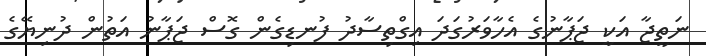
ނަތީޖާ އަކީ ޖަޕާނުގެ އެހާވަރުގަދަ އިގްތިސާދު ފުނޑިގެން ގޮސް ޖަޕާނު އަތުން ދުނިޔޭގެ